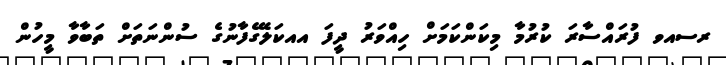
ރސއވ ފުރައްސާރަ ކުރުމާ މިކަންކަމަށް ހިއްވަރު ދީފަ އއކަލޭގެފާނުގެ ސުންނަތަށް ތަބާވާ މީހުން